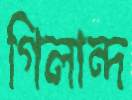
গিলান্দ